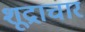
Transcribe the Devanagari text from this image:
शूद्राचार